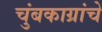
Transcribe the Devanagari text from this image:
चुंबकाग्रांचे